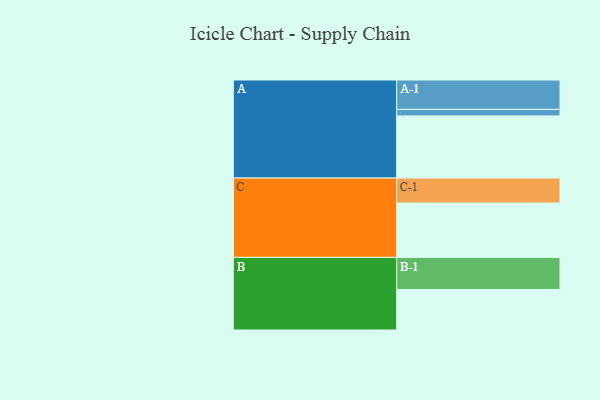
{"axis": {"x": "Segment", "y": "Value"}, "legend": ["", "A", "B", "C"], "data": [{"x": "A", "y": 535, "type": ""}, {"x": "B", "y": 349, "type": ""}, {"x": "C", "y": 468, "type": ""}, {"x": "A-1", "y": 253, "type": "A"}, {"x": "A-2", "y": 56, "type": "A"}, {"x": "B-1", "y": 276, "type": "B"}, {"x": "C-1", "y": 215, "type": "C"}]}